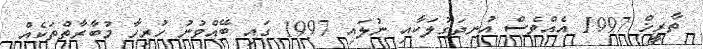
ތާރީޚް 1997 އެއްވެސް އުނދަގުލަކާއި ނުލައި 1997 ގައި ބޭއްވުނު ހުރިހާ މުބާރާތްތަކެއް